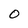
Character: O